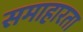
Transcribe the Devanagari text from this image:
समाहारता